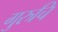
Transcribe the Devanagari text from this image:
गुरुचि